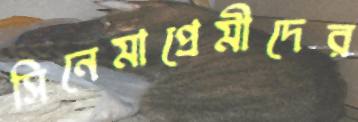
সিনেমাপ্রেমীদের